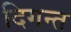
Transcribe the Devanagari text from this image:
दिगन्त